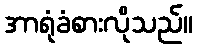
အာရုံခံစားလိုသည်။